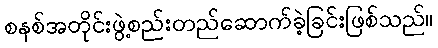
စနစ်အတိုင်းဖွဲ့စည်းတည်ဆောက်ခဲ့ခြင်းဖြစ်သည်။